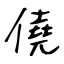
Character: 僥